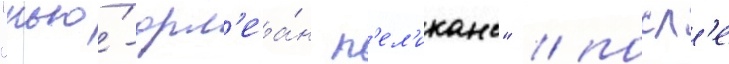
"нью́-орл'еа́н п'ел'иканс" / посл'е